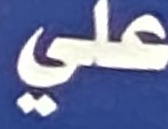
علي